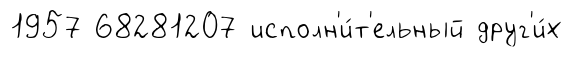
1957 68281207 исполн'и́т'ельный друг'и́х